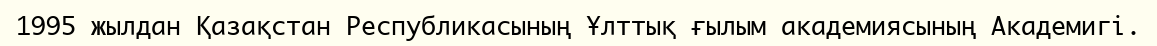
1995 жылдан Қазақстан Республикасының Ұлттық ғылым академиясының Академигі.